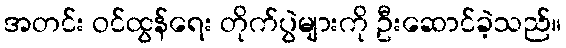
အတင်း ဝင်ထွန်ရေး တိုက်ပွဲများကို ဦးဆောင်ခဲ့သည်။